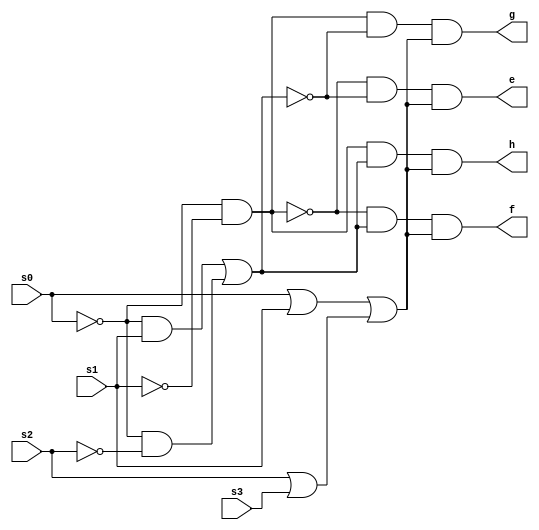
module problem1_1 (input s0,input s1,input s2,input s3,output e,output f,output g,output h);

    wire b_out, c_out, d_out, e_out, P1, P0, E, out_a, out_b, out_c, out_d;
    
    and (P1, ~s0, ~s1);
    and (b_out, ~s0, s1);
    and (c_out, ~s0, ~s2);
    or (d_out, s0, s1);
    or (e_out, s2, s3);
    or (E, d_out, e_out);
    or (P0, b_out, c_out);

    and (out_a, ~P1, ~P0);
    and (out_b, ~P1, P0);
    and (out_c, P1, ~P0);
    and (out_d, P1, P0);
    and (e, out_a, E);
    and (f, out_b, E);
    and (g, out_c, E);
    and (h, out_d, E);
    
endmodule